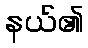
နယ်၏